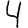
Digit: 4